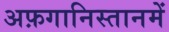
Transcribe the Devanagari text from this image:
अफ़गानिस्तानमें